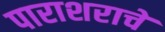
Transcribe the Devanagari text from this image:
पाराशराचे